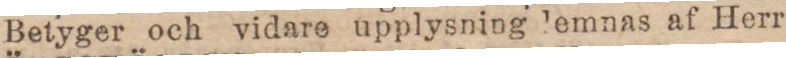
Betyger och vidare upplysning lemnas af Herr